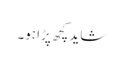
شاید کچھ پڑا ہو۔